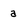
Character: a